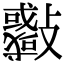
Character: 𣀨